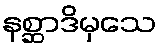
နစ္ဆာဒိမှသေ